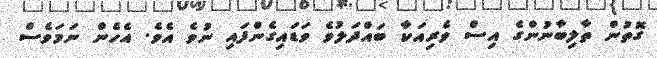
ގޮތުން ތާލިބާނުންގެ އިސް ވެރިއަކާ ބައްދަލުވެ ވަޑައިގެންފައި ނުވެ އެވެ. އެހެން ނަމަވެސް